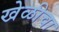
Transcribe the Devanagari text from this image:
खेळीचा